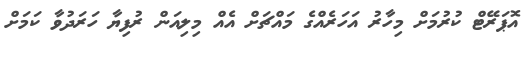
އޮޕަރޭޓް ކުރުމަށް މިހާރު އަހަރެއްގެ މައްޗަށް އެއް މިލިއަން ރުފިޔާ ހަރަދުވާ ކަމަށް